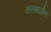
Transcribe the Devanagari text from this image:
ऊत्सर्जन